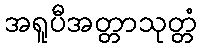
အရူပီအတ္တာသုတ္တံ